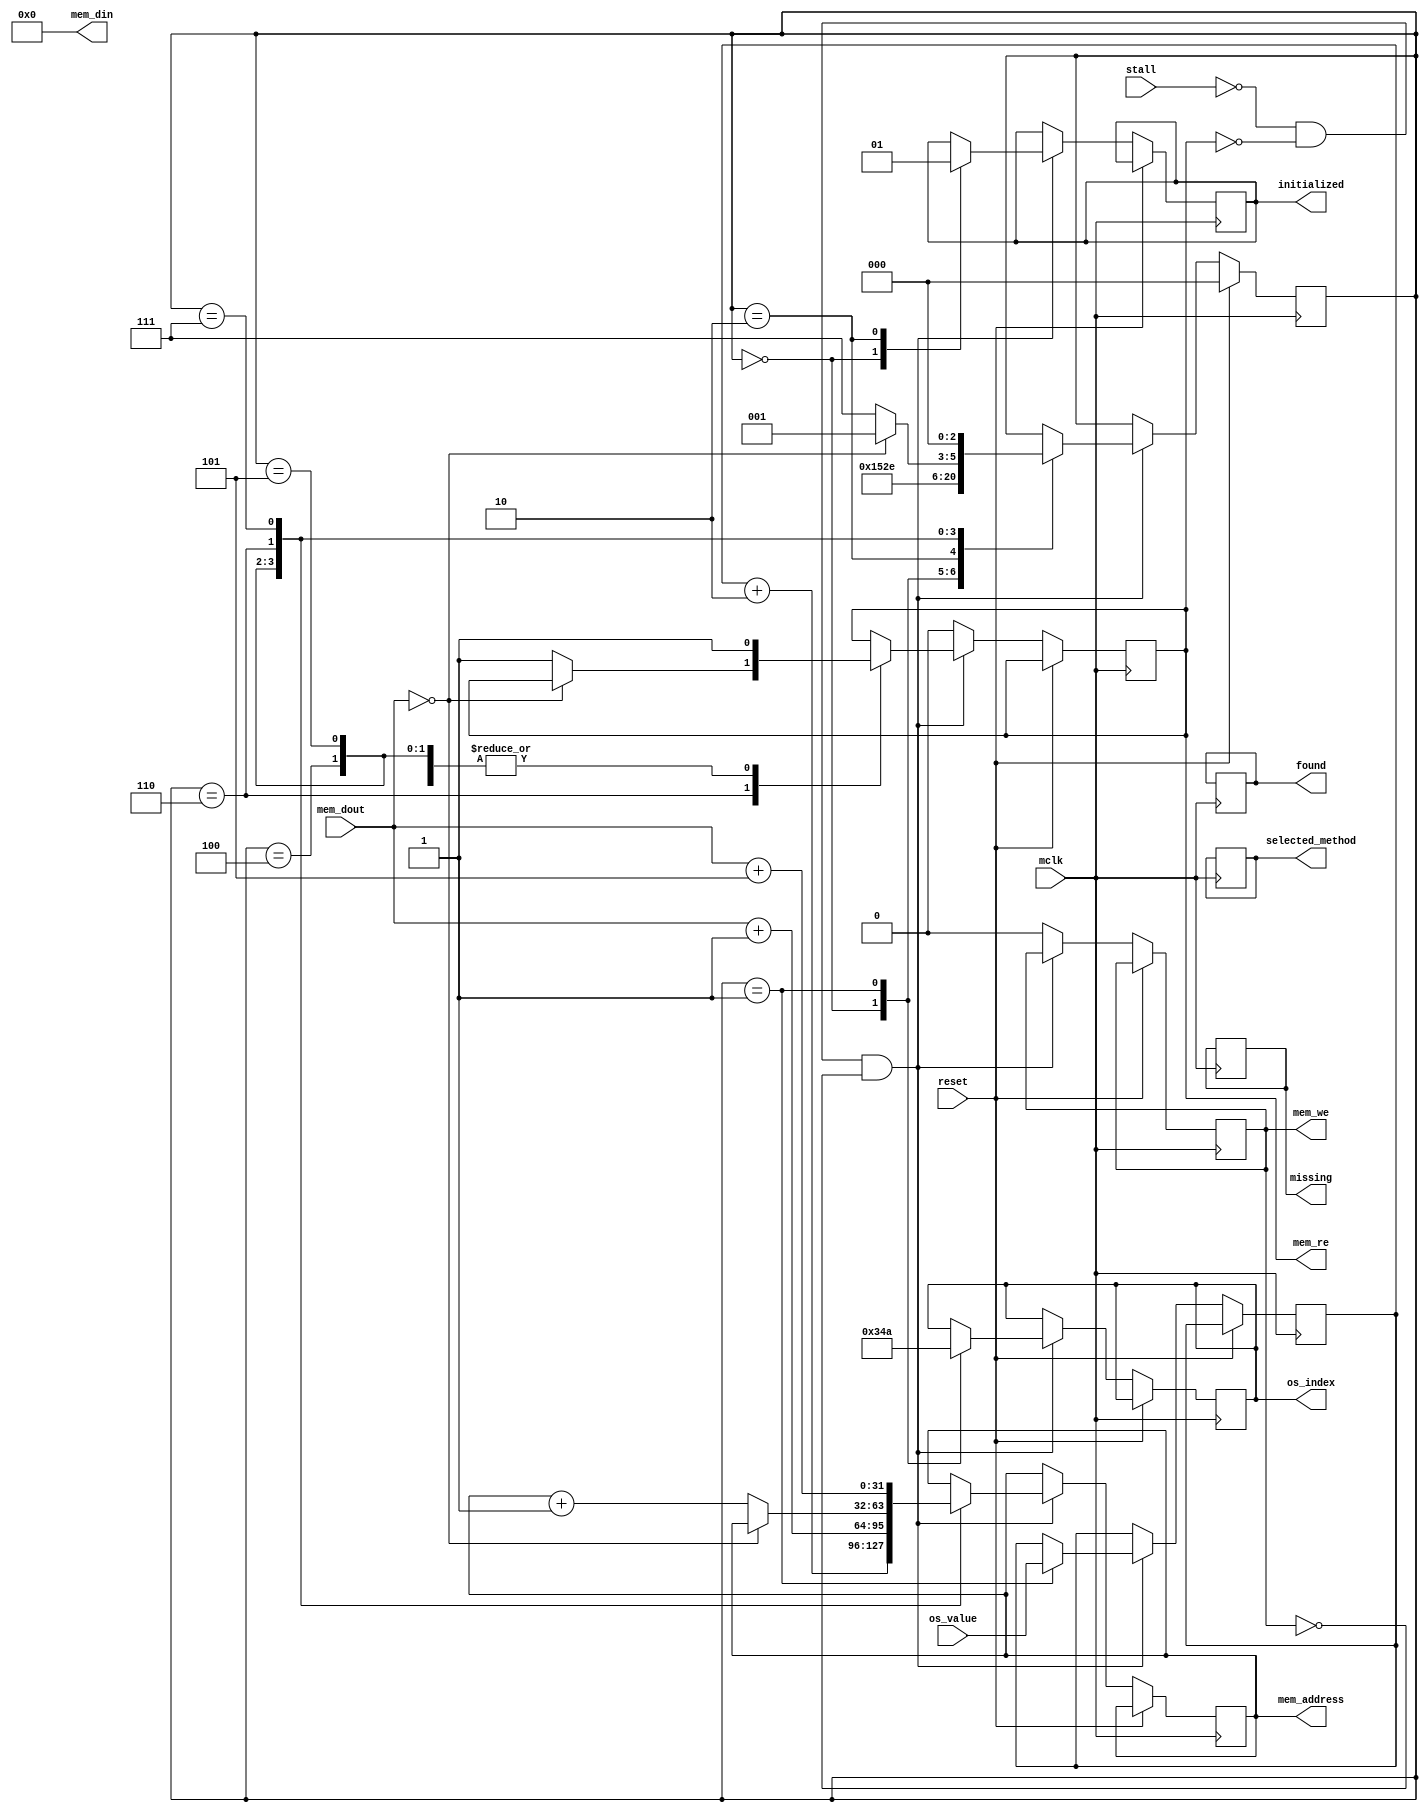
module method_finder(
	input wire mclk,
	input wire stall,
	input wire reset,
	output reg[31:0] mem_address = 0,
	output reg[31:0] mem_din = 0,
	input wire[31:0] mem_dout,
	output reg mem_re = 0,
	output reg mem_we = 0,
	output reg[4:0] os_index = 0,
	input wire[31:0] os_value,
	output reg initialized = 0,
	output reg[31:0] selected_method = 0,
	output reg found = 0,
	output reg missing = 0
);

parameter class_Scheduler_index = 5'd26;
parameter selector_start_index = 5'd10;

parameter state_reset = 4'd0;
parameter state_load_first_behavior = 4'd1;
parameter state_load_first_selector = 4'd2;
parameter state_idle = 4'd3;
parameter state_lookup_start = 4'd4;
parameter state_lookup_table = 4'd5;
parameter state_lookup_table_length = 4'd6;
parameter state_lookup_table_scan_method = 4'd7;
parameter state_lookup_table_scan_selector = 4'd8;
parameter state_lookup_next_behavior = 4'd9;
parameter state_lookup_found = 4'd10;
reg[2:0] state = state_reset;

reg[31:0] lookup_class = 0;
reg[31:0] lookup_selector = 0;

reg[31:0] this_slot = 0;
reg[31:0] this_slot_index = 0;
reg[31:0] final_slot_index = 0;

wire has_control = !stall && !mem_re && !mem_we;

always @ (posedge mclk) begin
	if(reset) begin
		state <= state_reset;
	end else begin
		if(has_control) begin
			case(state)
				state_reset: begin
					initialized <= 0;
					os_index <= class_Scheduler_index;
					state <= state_load_first_behavior;
				end
				state_load_first_behavior: begin
					lookup_class <= os_value;
					os_index <= selector_start_index;
					state <= state_load_first_selector;
				end
				state_load_first_selector: begin
					lookup_selector <= os_value;
					state <= state_lookup_start;
					initialized <= 1;
				end
				state_lookup_start: begin
					mem_address <= lookup_class + 2; // class slot 1 - method table pointer
					mem_re <= 1;
					state <= state_lookup_table;
				end
				state_lookup_table: begin
					mem_address <= mem_dout + 1; // method table obj - length
					mem_re <= 1;
					state <= state_lookup_table_length;
				end
				state_lookup_table_length: begin
					if(mem_dout == 0) begin
						// method table is empty
						state <= state_lookup_next_behavior;
					end else begin
						final_slot_index <= mem_dout - 1;
						this_slot_index <= 0;
						this_slot <= mem_address + 1; // method table obj - first entry
						mem_address <= mem_address + 1;
						mem_re <= 1;
						state <= state_lookup_table_scan_method;
					end
				end
				state_lookup_table_scan_method: begin
					mem_address <= mem_dout + 5; // method obj slot 4 - selector pointer
					mem_re <= 1;
					state <= state_lookup_table_scan_selector;
				end
				state_lookup_table_scan_selector: begin
					if(mem_dout == lookup_selector) begin
						mem_address <= this_slot; // method table obj - this entry
						state <= state_lookup_found;
					end else begin
						if(this_slot_index == final_slot_index) begin
							state <= state_lookup_next_behavior;
						end else begin
							this_slot_index <= this_slot_index + 1;
							this_slot <= this_slot + 1; // method table obj - next entry
							mem_address <= this_slot + 1;
							state <= state_lookup_table_scan_method;
						end
					end
				end
				state_lookup_next_behavior: begin
					// Not yet implemented
					missing <= 1;
					state <= state_idle;
				end
				state_lookup_found: begin
					selected_method <= mem_dout;
					found <= 1;
					state <= state_idle;
				end
				default: begin
					// Watch for store instructions
				end
			endcase
		end else begin
			mem_re <= 0;
			mem_we <= 0;
		end
	end
end

endmodule